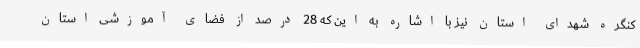
کنگره شهدای استان نیز با اشاره به این که 28 درصد از فضای آموزشی استان